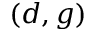
( d , g )